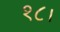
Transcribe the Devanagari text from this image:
१८।